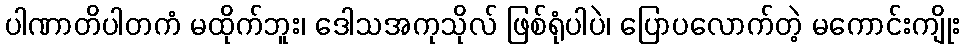
ပါဏာတိပါတကံ မထိုက်ဘူး၊ ဒေါသအကုသိုလ် ဖြစ်ရုံပါပဲ၊ ပြောပလောက်တဲ့ မကောင်းကျိုး